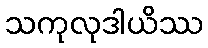
သကုလုဒါယိဿ